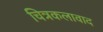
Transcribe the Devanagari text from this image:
चित्रकलावाद